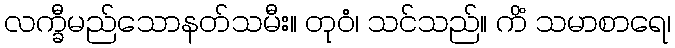
လက္ခီမည်သောနတ်သမီး။ တုဝံ၊ သင်သည်။ ကိံ သမာစာရေ၊